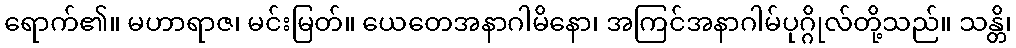
ရောက်၏။ မဟာရာဇ၊ မင်းမြတ်။ ယေတေအနာဂါမိနော၊ အကြင်အနာဂါမ်ပုဂ္ဂိုလ်တို့သည်။ သန္တိ၊